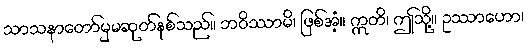
သာသနာတော်မှမဆုတ်နစ်သည်။ ဘဝိဿာမိ၊ ဖြစ်အံ့။ ဣတိ၊ ဤသို့။ ဥဿာဟော၊